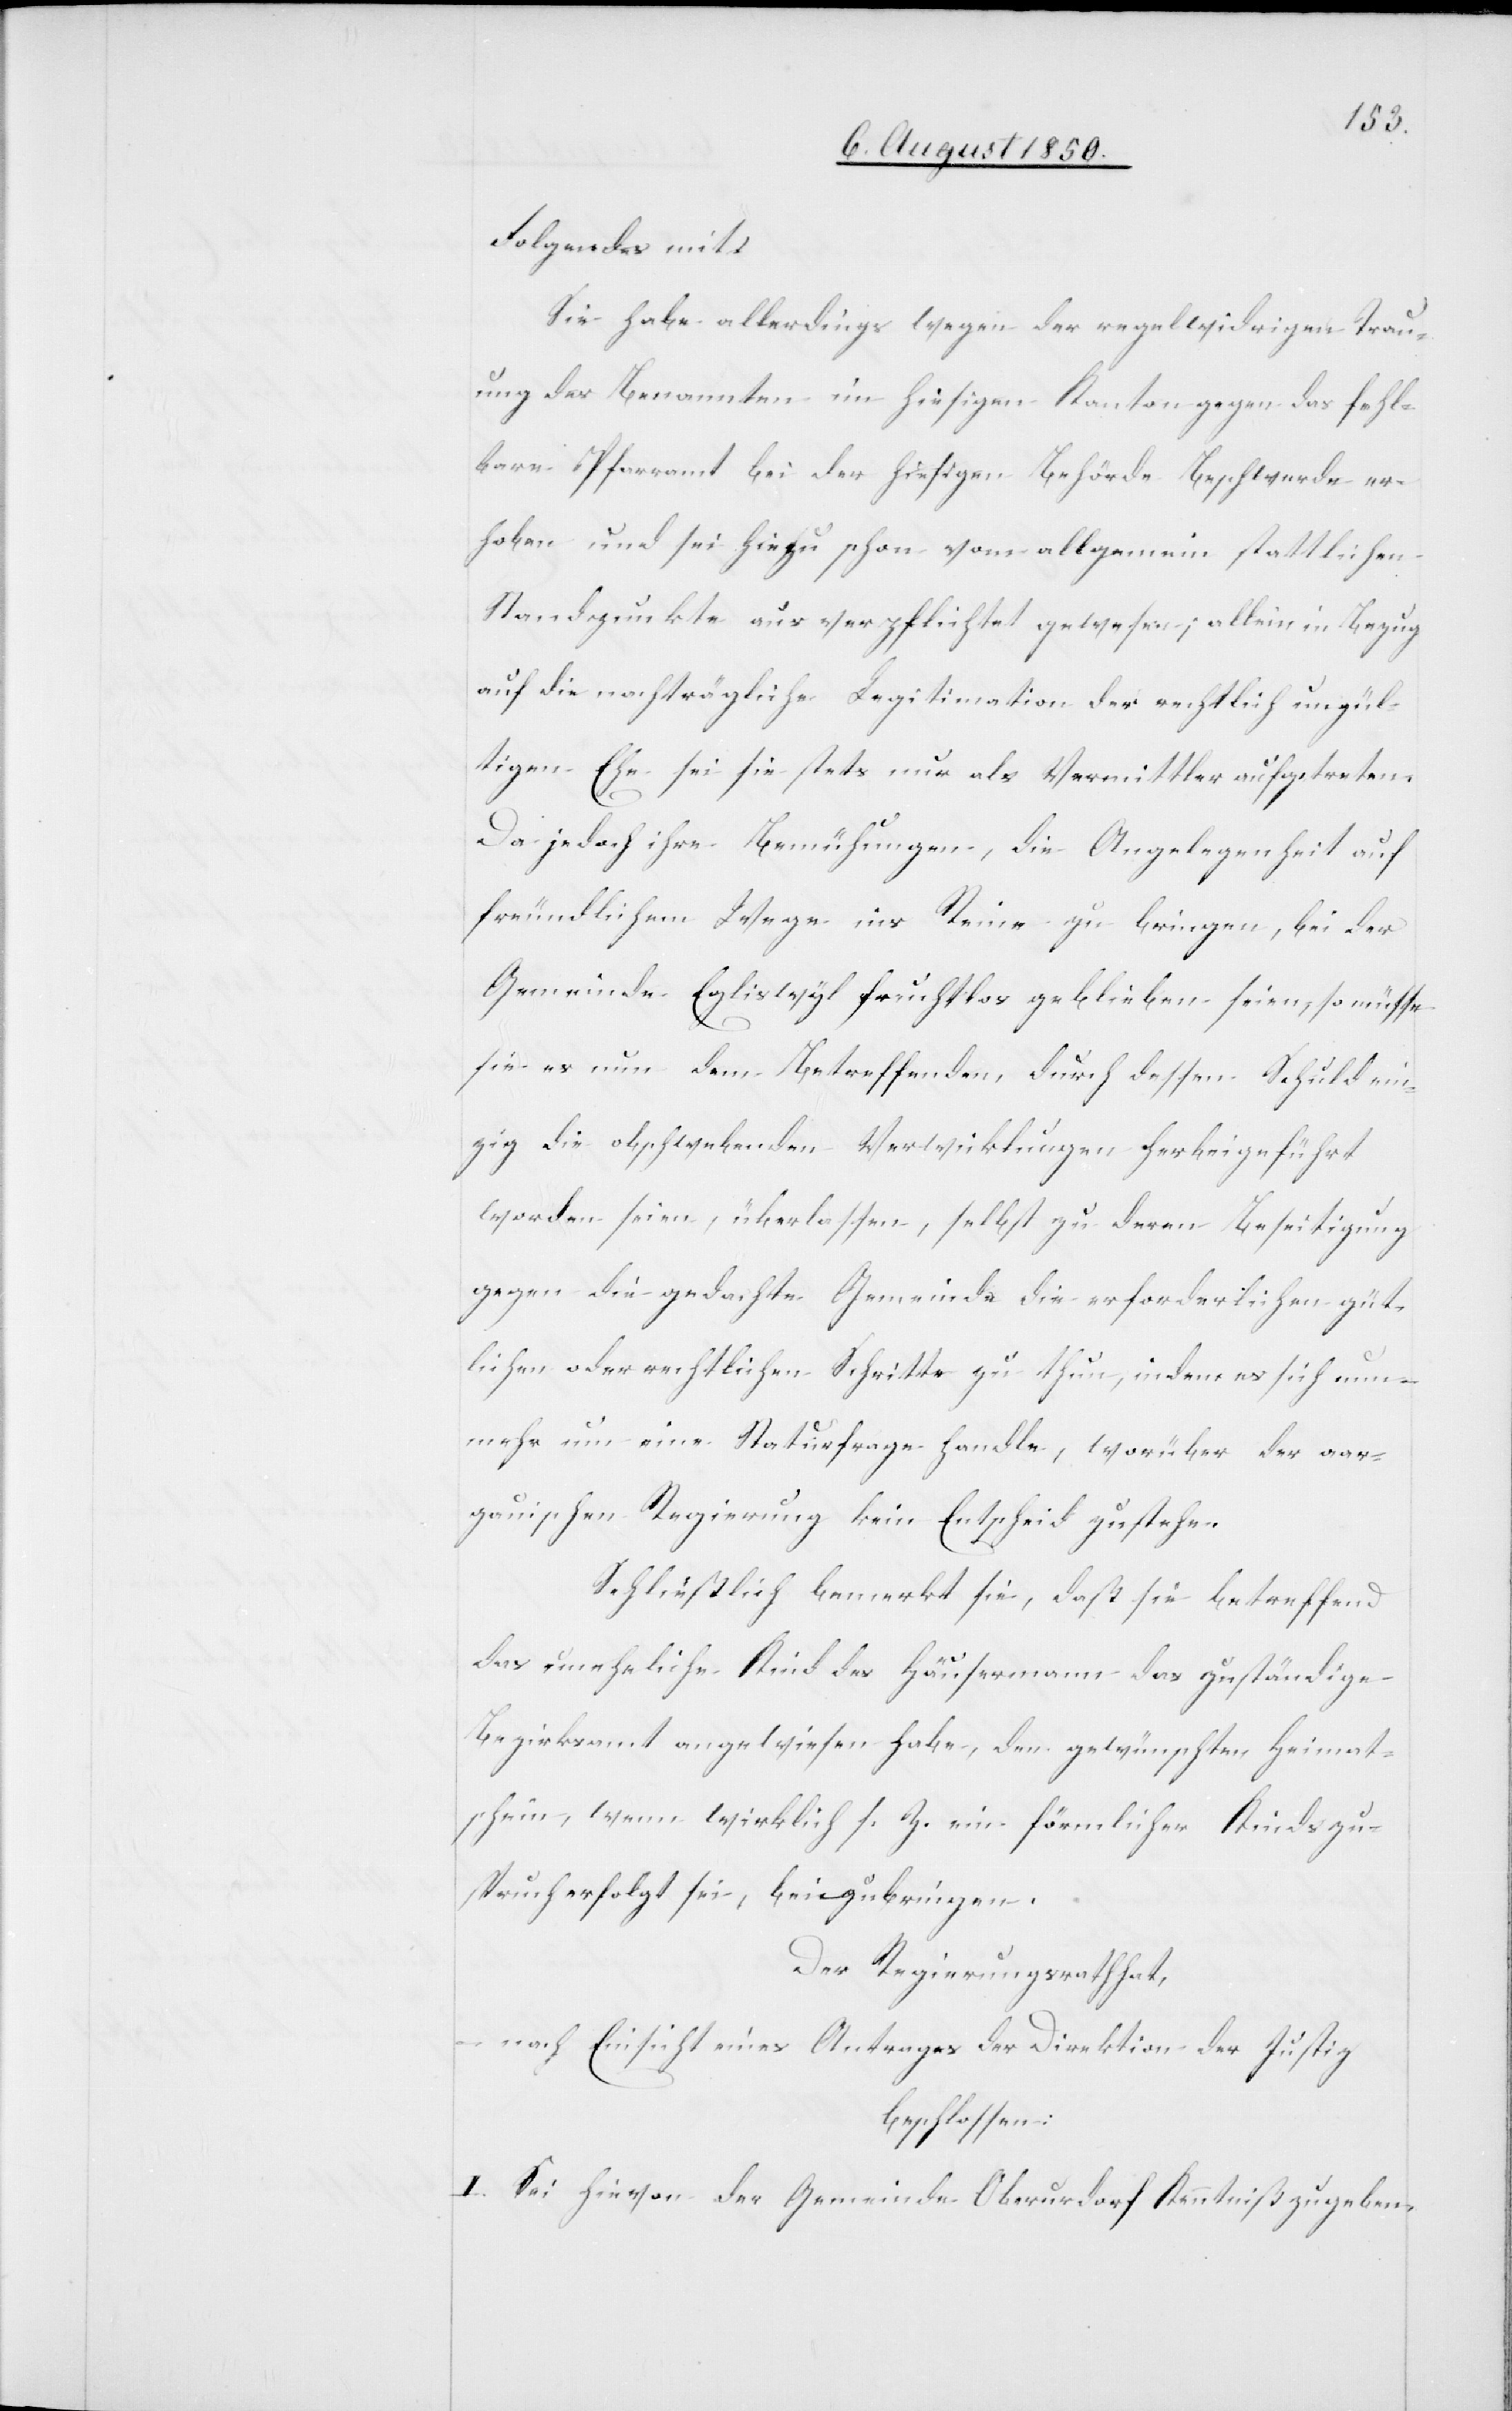
Folgendes mit:
Sie habe allerdings wegen der regelwidrigen Trau¬
ung des Benannten im hiesigen Kanton gegen das fehl¬
bare Pfarramt bei der hiesigen Behörde Beschwerde er¬
hoben und sei hiezu schon vom allgemein stattlichen
Standpunkte aus verpflichtet gewesen; allein in Bezug
auf die nachträgliche Legitimation der rechtlich ungül¬
tigen Ehe sei sie stets nur als Vermittler aufgetreten.
Da jedoch ihre Bemühungen, die Angelegenheit auf
freundlichem Wege ins Reine zu bringen, bei der
Gemeinde Egliswyl fruchtlos geblieben seien, so müsse
sie es nun dem Betreffenden, durch dessen Schuld ein¬
zig die obschwebenden Verwicklungen herbeigeführt
worden seien, überlassen, selbst zu deren Beseitigung
gegen die gedachte Gemeinde die erforderlichen güt¬
lichen oder rechtlichen Schritte zu thun, indem es sich nun¬
mehr um eine Statusfrage handle, worüber der aar¬
gauischen Regierung kein Entscheid zustehe.
Schließlich bemerkt sie, daß sie betreffend
das uneheliche Kind des Häusermann das zuständige
Bezirksamt angewiesen habe, den gewünschten Heimat¬
schein, wenn wirklich s. Z. ein förmlicher Kindszu¬
spruch erfolgt sei, beizubringen.
Der Regierungsrath hat,
–
nach Einsicht eines Antrages der Direktion der Justiz
beschlossen:
I. Sei hievon der Gemeinde Oberurdorf Kenntniß zu geben,